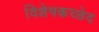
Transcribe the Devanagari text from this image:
विशेषकच्छेद